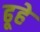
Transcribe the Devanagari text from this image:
ढूहे